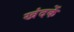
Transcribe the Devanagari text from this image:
खंदकें